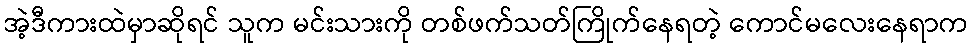
အဲ့ဒီကားထဲမှာဆိုရင် သူက မင်းသားကို တစ်ဖက်သတ်ကြိုက်နေရတဲ့ ကောင်မလေးနေရာက